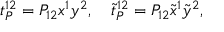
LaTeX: t _ { P } ^ { 1 2 } = P _ { 1 2 } x ^ { 1 } y ^ { 2 } , \quad \tilde { t } _ { P } ^ { 1 2 } = P _ { 1 2 } \tilde { x } ^ { 1 } \tilde { y } ^ { 2 } ,